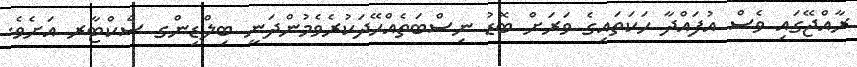
ރާއްޖޭގައި ވެސް އުފައްދާ ހަކަތައިގެ ވަރަށް ބޮޑު ނިސްބަތެއްހޭދަކުރެވެމުންދަނީ ބިލްޑިންގ ސެކްޓާރ އަށެވެ.